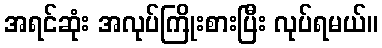
အရင်ဆုံး အလုပ်ကြိုးစားပြီး လုပ်ရမယ်။